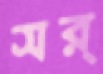
সর্